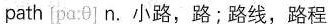
path ípa:θ] n.小路,路;路线,路程